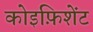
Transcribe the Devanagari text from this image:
कोइफ़िशेंट